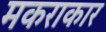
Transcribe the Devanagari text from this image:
मकराकार